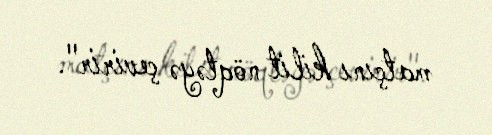
matçını kilit nöqtəyə çevirir".